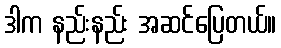
ဒါက နည်းနည်း အဆင်ပြေတယ်။